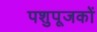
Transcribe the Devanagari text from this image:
पशुपूजकों